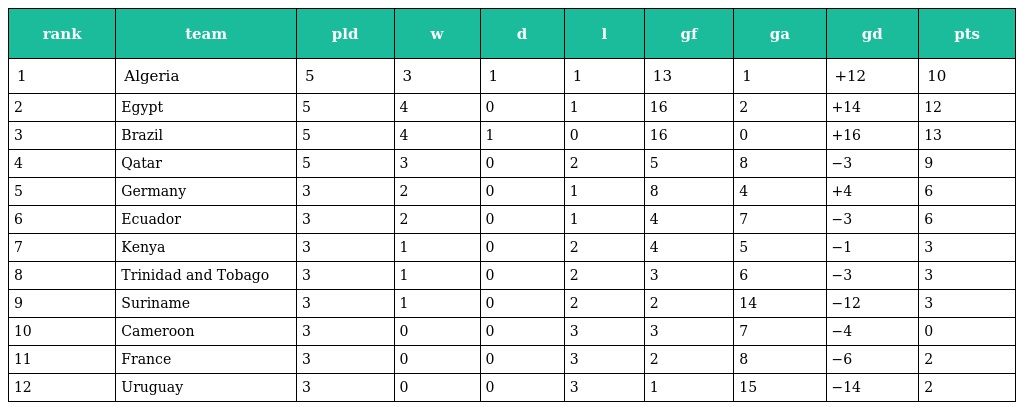
| rank | team | pld | w | d | l | gf | ga | gd | pts |
 | --- | --- | --- | --- | --- | --- | --- | --- | --- | --- |
 | 1 | Algeria | 5 | 3 | 1 | 1 | 13 | 1 | +12 | 10 |
 | 2 | Egypt | 5 | 4 | 0 | 1 | 16 | 2 | +14 | 12 |
 | 3 | Brazil | 5 | 4 | 1 | 0 | 16 | 0 | +16 | 13 |
 | 4 | Qatar | 5 | 3 | 0 | 2 | 5 | 8 | −3 | 9 |
 | 5 | Germany | 3 | 2 | 0 | 1 | 8 | 4 | +4 | 6 |
 | 6 | Ecuador | 3 | 2 | 0 | 1 | 4 | 7 | −3 | 6 |
 | 7 | Kenya | 3 | 1 | 0 | 2 | 4 | 5 | −1 | 3 |
 | 8 | Trinidad and Tobago | 3 | 1 | 0 | 2 | 3 | 6 | −3 | 3 |
 | 9 | Suriname | 3 | 1 | 0 | 2 | 2 | 14 | −12 | 3 |
 | 10 | Cameroon | 3 | 0 | 0 | 3 | 3 | 7 | −4 | 0 |
 | 11 | France | 3 | 0 | 0 | 3 | 2 | 8 | −6 | 2 |
 | 12 | Uruguay | 3 | 0 | 0 | 3 | 1 | 15 | −14 | 2 |